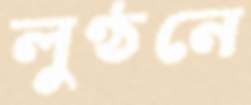
লুণ্ঠনে